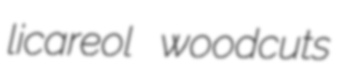
licareol woodcuts